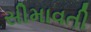
સીમાવતી